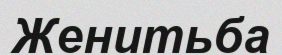
Женитьба